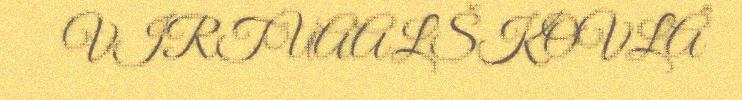
VIRTUAALŠKOVLÂ